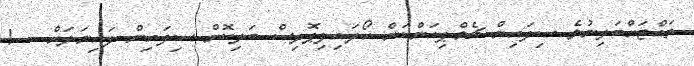
ތައްޓަށްބަލިނުވެ ސިފައިން ޗެމްޕިއަންކަން ހޯދައިފިޕޮލިސް ބަލިކޮށް ސިފައިން ފައިނަލަށް   !